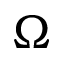
\Omega